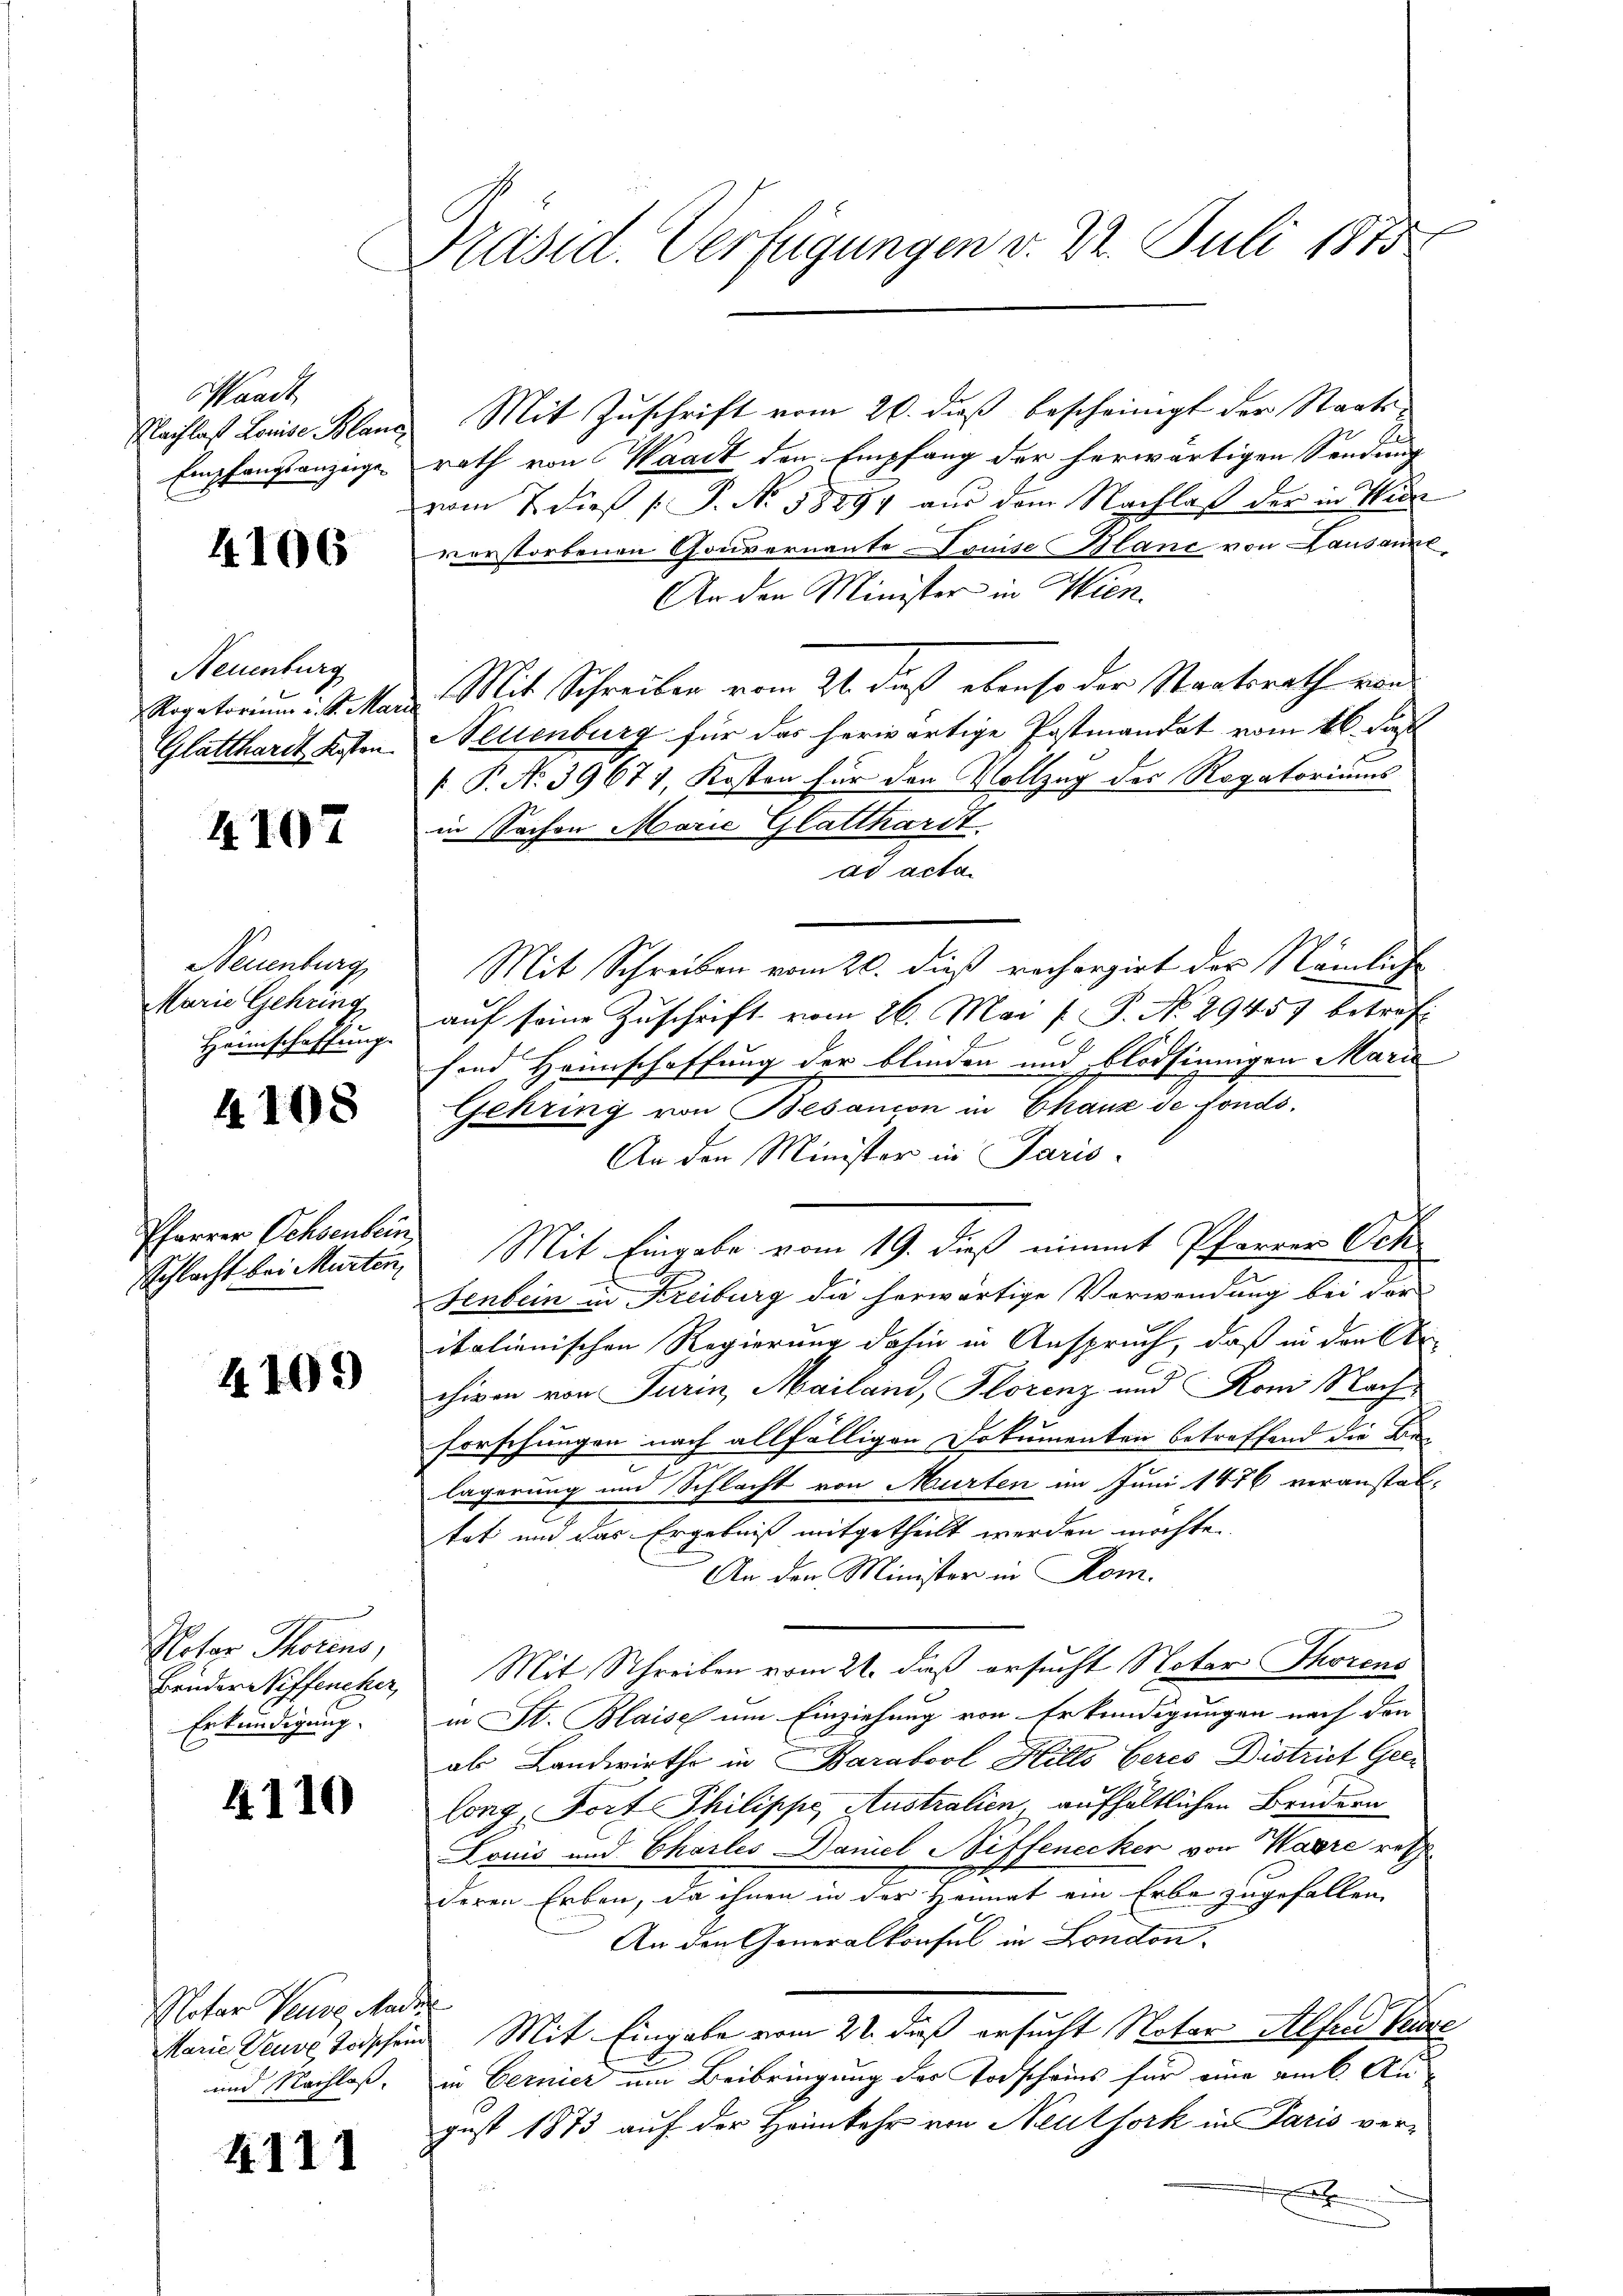
Waadt
Nachlas Louise Blam
Empfangsanzeigen

4106

Neuenburg
Rogatorium i. S. Ma
Glatthardt Kosten.

4107

Neuenburg
Marie Gehring
Hannschaffung

4108

Pfarrer Ochsenbein

4105)

Notor Thorens,
Erkundigung.

4110

Notar Neure, Ander
und Nachlaß

4111

Präsid. Verfügungen v. 22. Juli 1875

Mit Zuschrift vom 20. dieß bescheinigt der Staatsrath von Waadt den Empfang der herwärtigen Sendung
vom 7 dieß ( P. No. 1889 aŭs dem Nachlaß der in Wien
vorstorbenen Gouvernante Louise Blanc von Lausanne
An den Minister in Wien.
Mit Schreiben vom 21. daß ebenso der Staatsrath von
Neuenburg für das herwärtige Postmandat vom 16. des
[ P. No 39671, Kosten für den Vollzug des Rogatoriums
in Sachen Marie Glatthardt.
ad acta
Mit Schreiben vom 26. dieß rechargirt der Nämliche
auf seine Zuschrift vom 26. Mai / P. No 29457 betref
sind Heimschaffung der blinden und blödsinnigen Marie
Gehring von Besanion in Chaux de fonds.
An den Minister in Paris
Schlacht bei Murten, Mit Eingabe vom 19. dieß nimmt Pfarrer Och
Fenbein in Kreiburg die herwärtige Verwendung bei der
italienischen Regierung dahin in Anspruch, daß in die Er-
chiven von Turin, Mailand, Florenz und Ron Nach
Forschungen nach allfälligen Dokumenten betreffend die Be-
lägerung und Schlacht von Murten im Juni 1876 veranstattet und das Ergebniß mitgetheilt werden möchte
An den Minister in Rom.
Bander wiffencker, Mit Schreiben vom 21. daß ersucht Notar Thorens
in St. Blaise um Einziehung von Erkundigungen nach den
als Landwirth in Barabool Hillo beres District Geelong, Fort Philippe Australien aufhältlichen Brudern
Louis und Charles Daniel Neffenecker von Waare resp
deren Erben, da ihnen in der Heimat ein Erbe zugefallen,
An den Generalkonsul in London.
Marie Neure Todschein Mit Eingabe vom 22. daß ersucht Notar Alfer Vere
in Bernier um Beibringung der Todscheins für eine amt An-
gust 1873 auf der Heimkehr von Neuthork in Paris verx